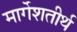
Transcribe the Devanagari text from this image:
मार्गेशतीर्थ